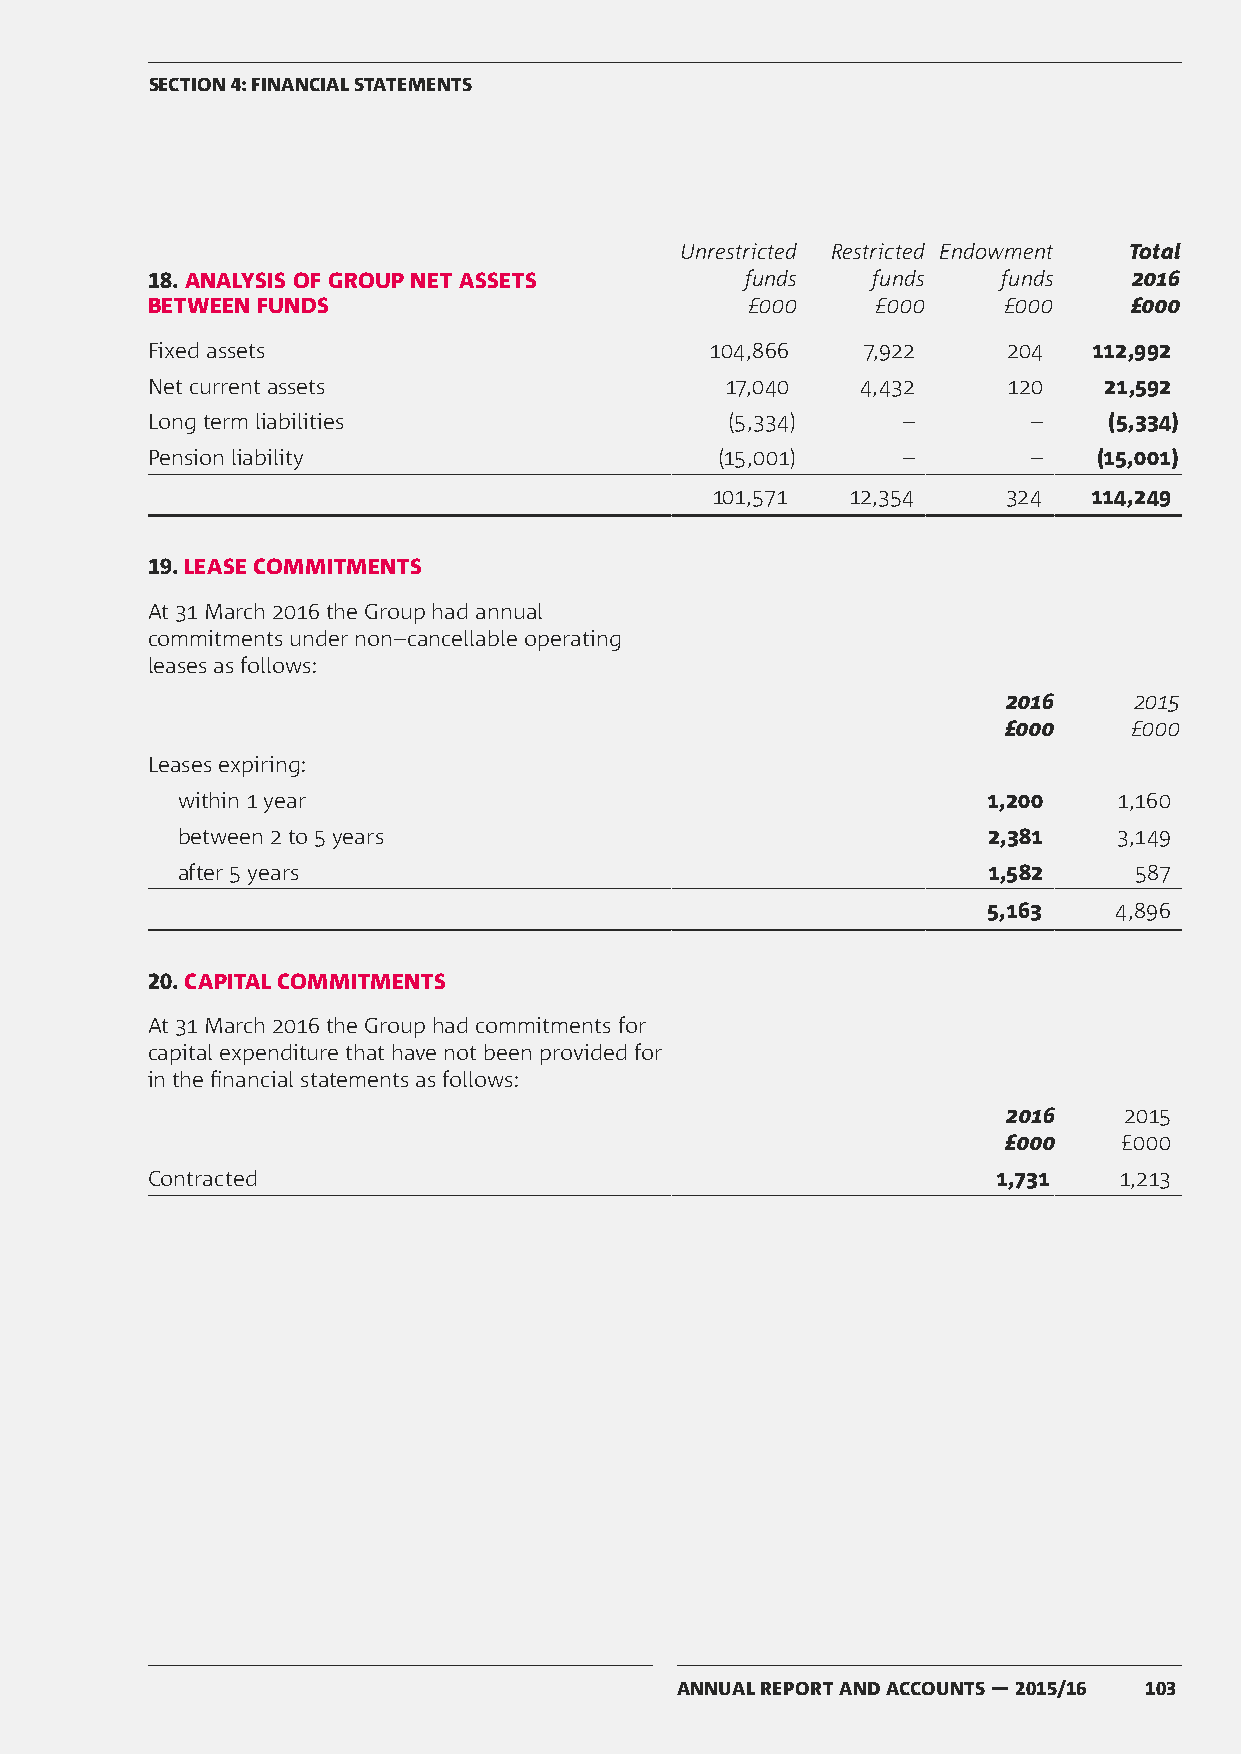
SECTION 4: FINANCIAL STATEMENTS
 Unrestricted Restricted Endowment Total
 18. ANALYSIS OF GROUP NET ASSETS       funds    funds   funds    2016
 BETWEEN FUNDS                          £000     £000    £000     £000
 Fixed assets                         104,866   7,922     204  112,992
 Net current assets                    17,040   4,432     120   21,592
 Long term liabilities                 (5,334)     –       –    (5,334)
 Pension liability                    (15,001)     –       –    (15,001)
 101,571  12,354     324  114,249
 19. LEASE COMMITMENTS
 At 31 March 2016 the Group had annual
 commitments under non–cancellable operating
 leases as follows:
 2016    2015
 £000    £000
 Leases expiring:
 within 1 year                                        1,200    1,160
 between 2 to 5 years                                 2,381    3,149
 after 5 years                                        1,582     587
 5,163    4,896
 20. CAPITAL COMMITMENTS
 At 31 March 2016 the Group had commitments for
 capital expenditure that have not been provided for
 in the financial statements as follows:
 2016   2015
 £000   £000
 Contracted                                              1,731   1,213
 ANNUAL REPORT AND ACCOUNTS — 2015/16 103